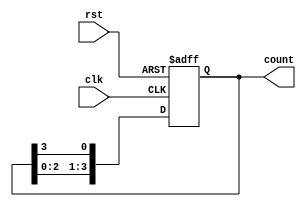
module ring_counter (
    input wire clk,           // Clock input
    input wire rst,           // Reset input
    output reg [n-1:0] count  // Counter output
);
    parameter n = 4;          // Number of flip-flops (can be changed)

    // Initial state
    initial begin
        count = 1'b1;         // Set initial state to 0001
    end

    // Always block for the ring counter
    always @(posedge clk or posedge rst) begin
        if (rst) begin
            count <= 1'b1;     // Reset to initial state
        end else begin
            count <= {count[n-2:0], count[n-1]}; // Shift left and wrap around
        end
    end
endmodule